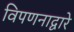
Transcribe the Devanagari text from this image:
विपणनाद्वारे